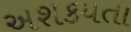
અશકયતા